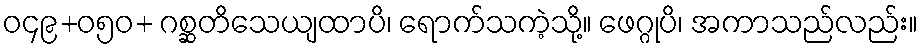
ဝ၄၉+၀၅ဝ+ ဂစ္ဆတိသေယျထာပိ၊ ရောက်သကဲ့သို့။ ဖေဂ္ဂုပိ၊ အကာသည်လည်း။